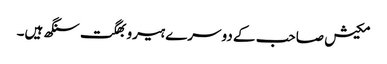
مکیش صاحب کے دوسرے ہیرو بھگت سنگھ ہیں۔